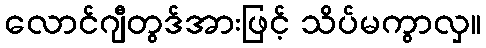
လောင်ဂျီတွဒ်အားဖြင့် သိပ်မကွာလှ။